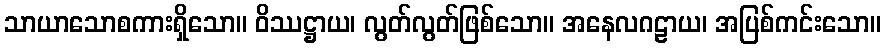
သာယာသောစကားရှိသော။ ဝိဿဋ္ဌာယ၊ လွတ်လွတ်ဖြစ်သော။ အနေလဂဠာယ၊ အပြစ်ကင်းသော။